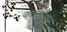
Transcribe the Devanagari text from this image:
कवचनुमा